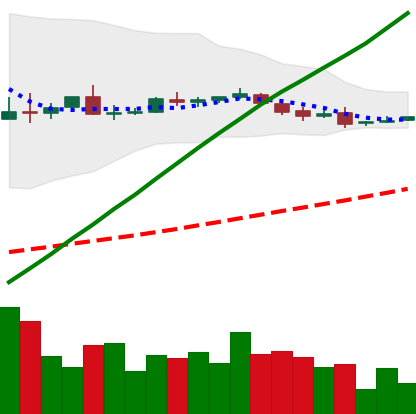
Ticker: DOGE-USD
Chart end date: 2018-10-09
Forward return: -8.465%
Label: down_7plus